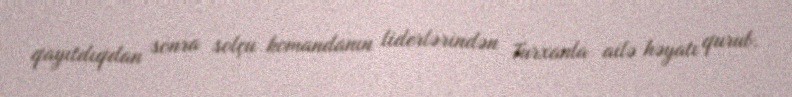
qayıtdıqdan sonra solçu komandanın liderlərindən Turxanla ailə həyatı qurub.